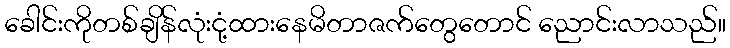
ခေါင်းကိုတစ်ချိန်လုံးငုံ့ထားနေမိတာဇက်တွေတောင် ညောင်းလာသည်။